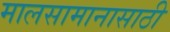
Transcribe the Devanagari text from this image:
मालसामानासाठी